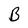
Character: B